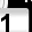
Digit: 1